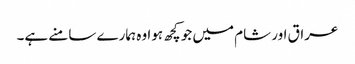
عراق اور شام میں جو کچھ ہوا وہ ہمارے سامنے ہے۔